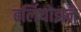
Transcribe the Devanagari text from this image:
बर्लियोझने